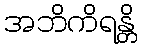
အဘိကိရန္တိ